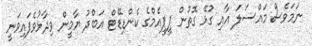
ނަމަވެސް މައްސަލަ އާއި ގުޅޭ ގޮތުން ޕީޕީއެމްގެ ކެންޑިޑޭޓް އަބްދު ޔާމީން ވިދާޅުވެފައިވަނީ